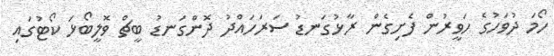
ހޯމަ ދުވަހުގެ ހަވީރުން ފެށިގެން ރާޅުގަނޑު ސަރަހައްދު ދޮންގަނޑު ބީޗް ވޮލީބޯޅަ ކޯޓުގައި